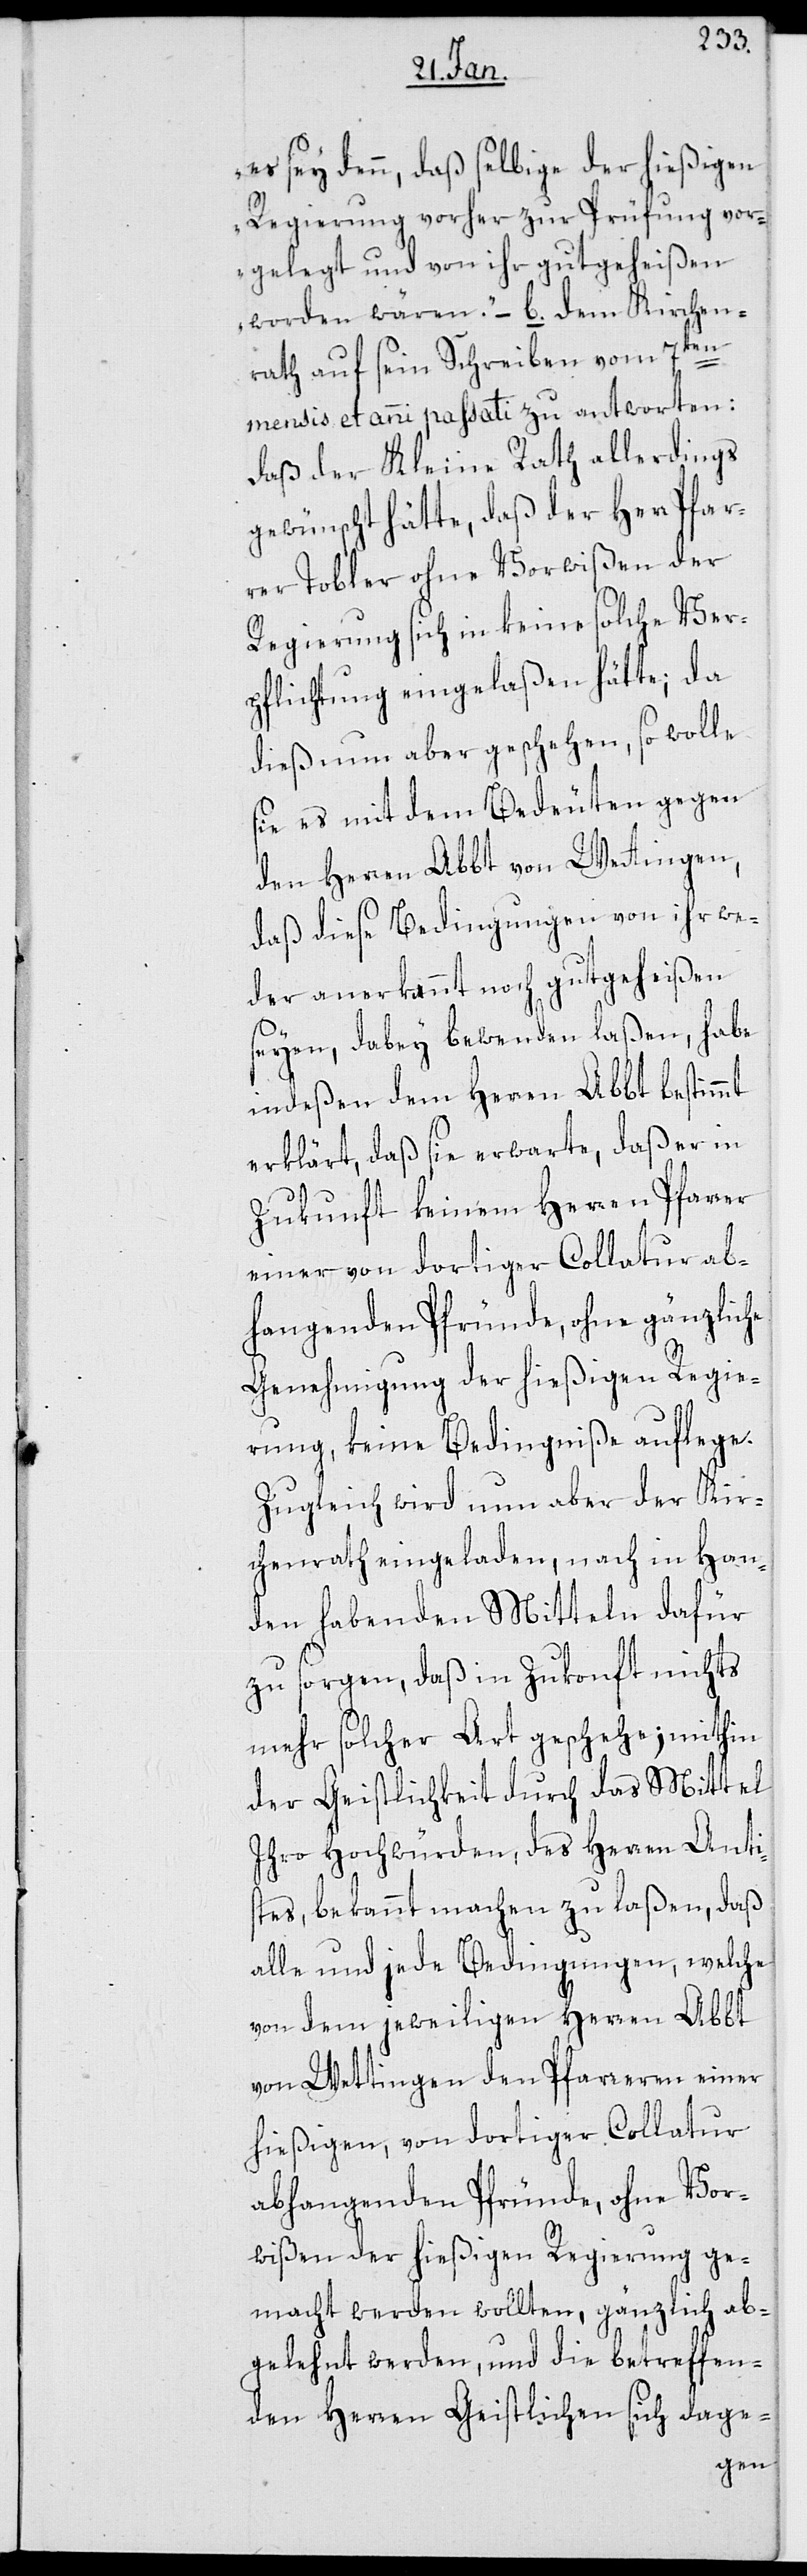
es sey denn, daß selbige der hießigen
Regierung vorher zu Prüfung vor¬
gelegt und von ihr gutgeheißen
worden wären.“ – b. dem Kirchen¬
rath auf sein Schreiben vom 7ten
mensis et anni passati zu antworten:
Daß der Kleine Rath allerdings
gewünscht hätte, daß der Herr Pfar¬
rer Tobler ohne Vorwißen der
Regierung sich in keine solche Ver¬
pflichtung eingelaßen hätte; da
dieß nun aber geschehen, so wolle
sie es mit dem Bedeuten gegen
den Herren Abbt von Wettingen,
daß diese Bedingungen von ihr we¬
der anerkannt noch gutgeheißen
seyen, dabey bewenden laßen, habe
indeßen dem Herren Abbt bestimmt
erklärt, daß sie erwarte, daß er in
Zukunft keinen Herren Pfarrer
einer von dortiger Collatur ab¬
hangenden Pfründe, ohne gänzliche
Genehmigung der hießigen Regie¬
rung, keine Bedingniße auflege.
Zugleich wird nun aber der Kir¬
chenrath eingeladen, nach in Han¬
den habenden Mitteln dafür
zu sorgen, daß in Zukonft nichts
mehr solcher Art geschehe; mithin
der Geistlichkeit durch das Mittel
Ihro Hochwürden, des Herren Anti¬
stes, bekannt machen zu laßen, daß
alle und jede Bedingungen, welche
von dem jeweiligen Herren Abbt
von Wettingen den Pfarreren einer
hießigen, von dortiger Collatur
abhangenden Pfründe, ohne Vor¬
wißen der hießigen Regierung ge¬
macht werden wollten, gänzlich ab¬
gelehnt werden, und die betreffen¬
den Herren Geistlichen sich dage-